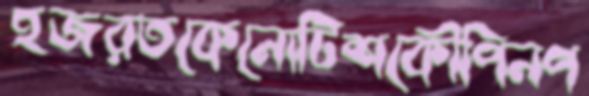
হজরতকেনোটিশকৌপিনপ